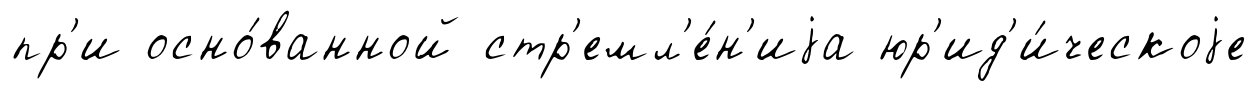
пр'и осно́ванной стр'емл'е́н'иjа юр'ид'и́ческоjе